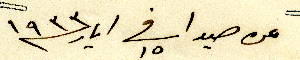
عن صيدا فى ١٥ ايار /١٩٣٣